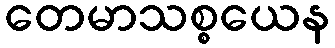
တေမာသစ္စယေန